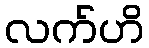
လက်ဟိ